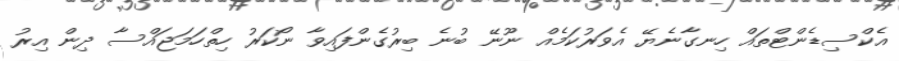
އެކްސިޑެންޓްތައް ހިނގާނެޔޭ އެވަރުކަމެއް ނޫނޭ ބުނެ ބިރުގެންފައިވާ ނޯކަރު ހިތްހަމަޖައްސާ ދިން އިރު